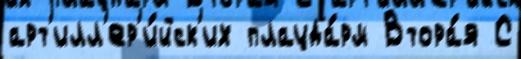
арт'илл'ер'и́йск'их плацда́рм Втора́я С